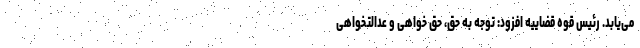
می‌یابد. رئیس قوه قضاییه افزود: توجه به حق، حق خواهی و عدالتخواهی